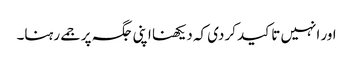
اور انہیں تاکید کردی کہ دیکھنا اپنی جگہ پر جمے رہنا۔